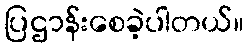
ပြဌာန်းစေခဲ့ပါတယ်။